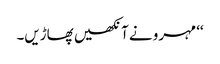
‘‘ مہرو نے آنکھیں پھاڑیں۔